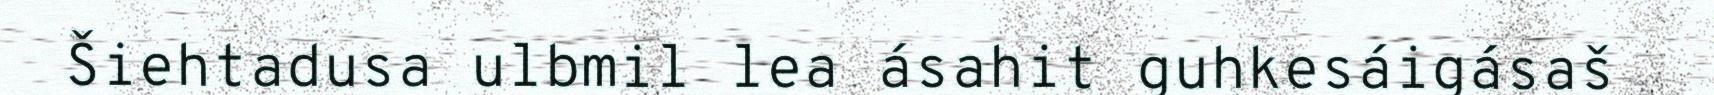
Šiehtadusa ulbmil lea ásahit guhkesáigásaš